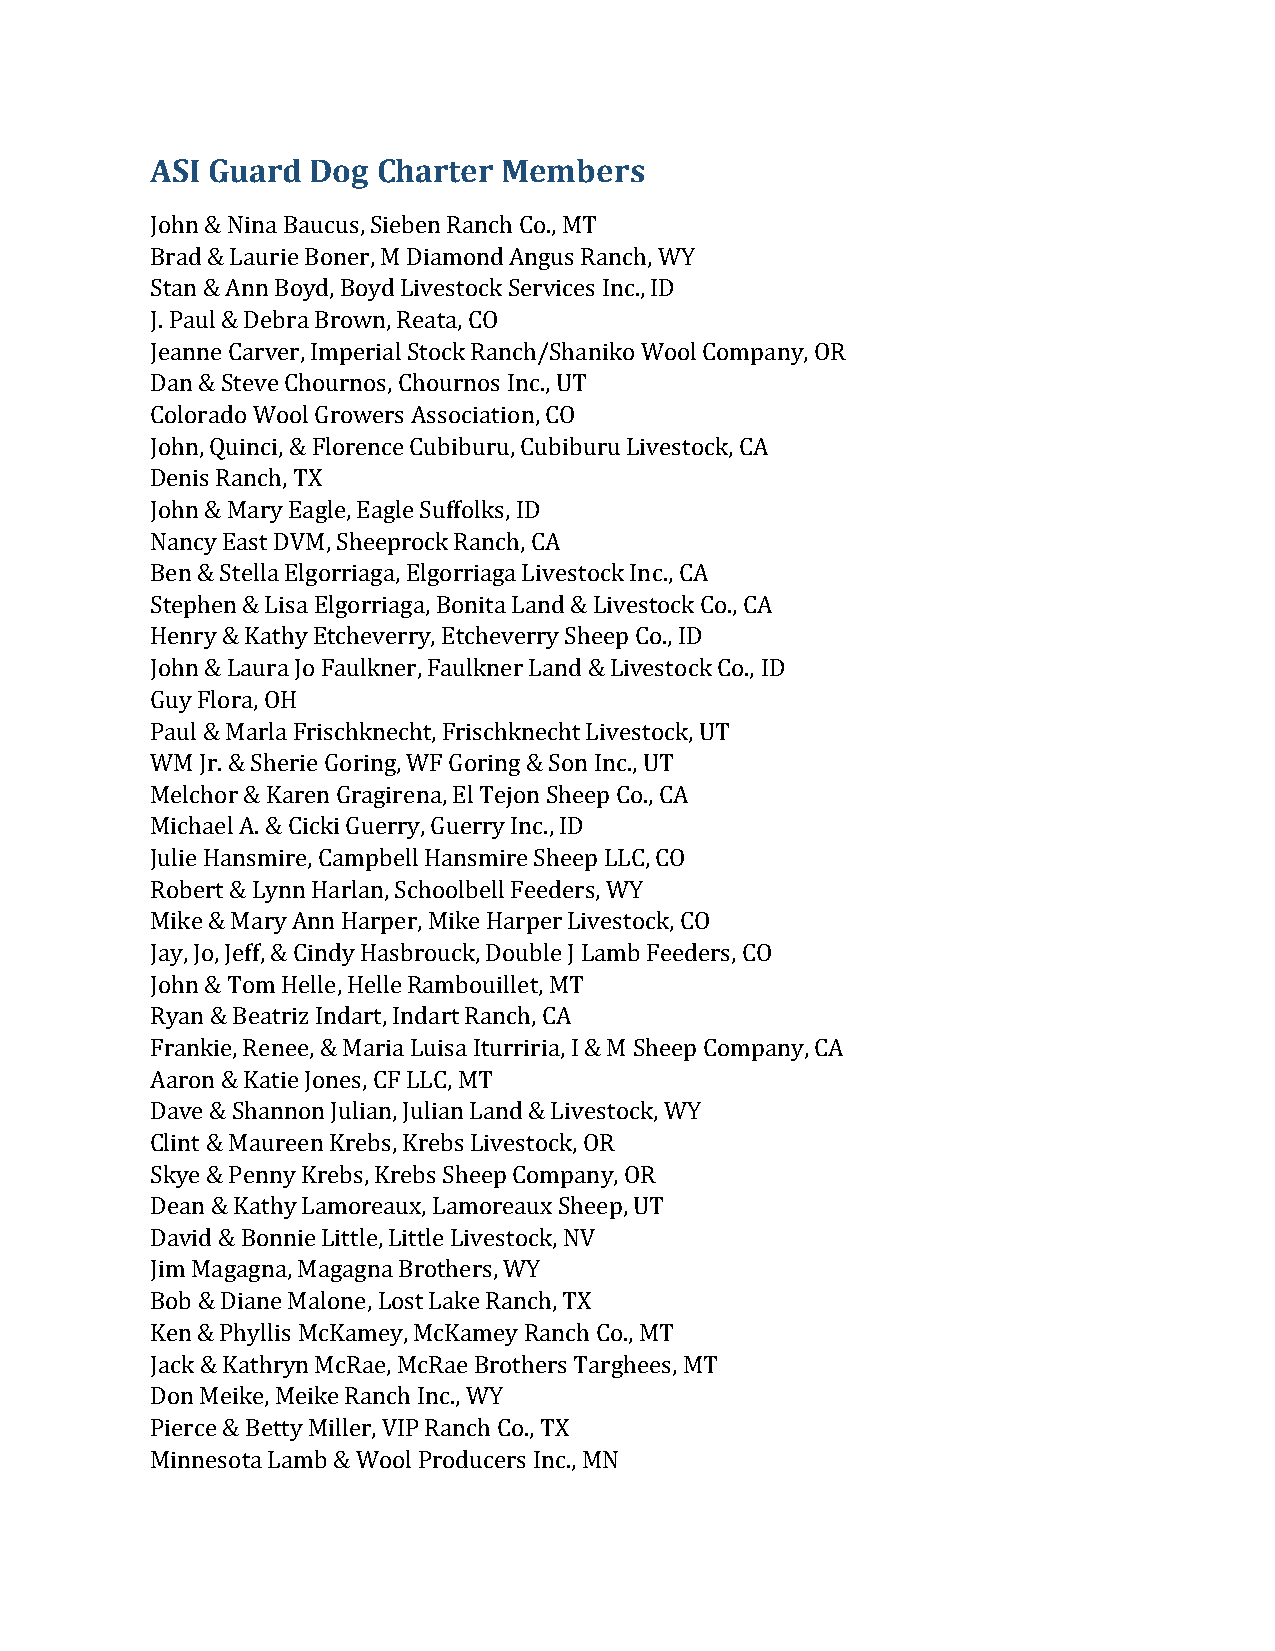
ASI Guard Dog  Charter Members
 John & Nina Baucus, Sieben Ranch Co., MT
 Brad & Laurie Boner, M Diamond Angus Ranch, WY
 Stan & Ann Boyd, Boyd Livestock Services Inc., ID
 J. Paul & Debra Brown, Reata, CO
 Jeanne Carver, Imperial Stock Ranch/Shaniko Wool Company, OR
 Dan & Steve Chournos, Chournos Inc., UT
 Colorado Wool Growers Association, CO
 John, Quinci, & Florence Cubiburu, Cubiburu Livestock, CA
 Denis Ranch, TX
 John & Mary Eagle, Eagle Suffolks, ID
 Nancy East DVM, Sheeprock Ranch, CA
 Ben & Stella Elgorriaga, Elgorriaga Livestock Inc., CA
 Stephen & Lisa Elgorriaga, Bonita Land & Livestock Co., CA
 Henry & Kathy Etcheverry, Etcheverry Sheep Co., ID
 John & Laura Jo Faulkner, Faulkner Land & Livestock Co., ID
 Guy Flora, OH
 Paul & Marla Frischknecht, Frischknecht Livestock, UT
 WM Jr. & Sherie Goring, WF Goring & Son Inc., UT
 Melchor & Karen Gragirena, El Tejon Sheep Co., CA
 Michael A. & Cicki Guerry, Guerry Inc., ID
 Julie Hansmire, Campbell Hansmire Sheep LLC, CO
 Robert & Lynn Harlan, Schoolbell Feeders, WY
 Mike & Mary Ann Harper, Mike Harper Livestock, CO
 Jay, Jo, Jeff, & Cindy Hasbrouck, Double J Lamb Feeders, CO
 John & Tom Helle, Helle Rambouillet, MT
 Ryan & Beatriz Indart, Indart Ranch, CA
 Frankie, Renee, & Maria Luisa Iturriria, I & M Sheep Company, CA
 Aaron & Katie Jones, CF LLC, MT
 Dave & Shannon Julian, Julian Land & Livestock, WY
 Clint & Maureen Krebs, Krebs Livestock, OR
 Skye & Penny Krebs, Krebs Sheep Company, OR
 Dean & Kathy Lamoreaux, Lamoreaux Sheep, UT
 David & Bonnie Little, Little Livestock, NV
 Jim Magagna, Magagna Brothers, WY
 Bob & Diane Malone, Lost Lake Ranch, TX
 Ken & Phyllis McKamey, McKamey Ranch Co., MT
 Jack & Kathryn McRae, McRae Brothers Targhees, MT
 Don Meike, Meike Ranch Inc., WY
 Pierce & Betty Miller, VIP Ranch Co., TX
 Minnesota Lamb & Wool Producers Inc., MN